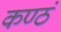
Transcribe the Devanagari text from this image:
कण्ठं